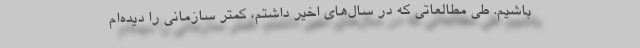
باشیم. طی مطالعاتی كه در سال‌های اخیر داشتم، كمتر سازمانی را دیده‌ام